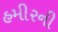
હમીરની